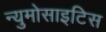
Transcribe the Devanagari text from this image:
न्युमोसाइटिस